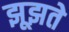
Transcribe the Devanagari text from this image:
झूझते